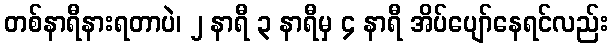
တစ်နာရီနားရတာပဲ၊ ၂ နာရီ ၃ နာရီမှ ၄ နာရီ အိပ်ပျော်နေရင်လည်း